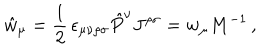
\hat { w } _ { \mu } = \frac { 1 } { 2 } \, \epsilon _ { \mu \nu \rho \sigma } \hat { P } ^ { \nu } J ^ { \rho \sigma } = w _ { \mu } M ^ { - 1 } \, ,